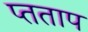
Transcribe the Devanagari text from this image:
प्तताप